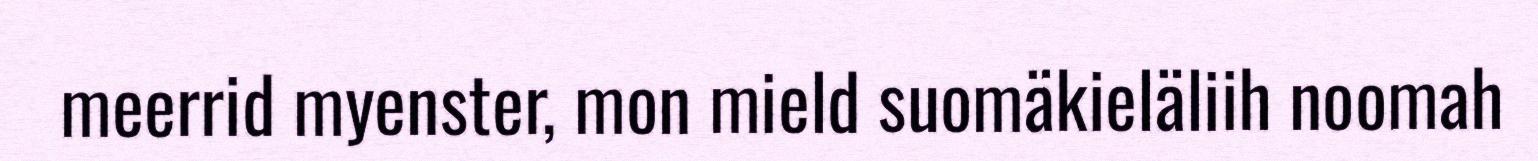
meerrid myenster, mon mield suomäkieläliih noomah